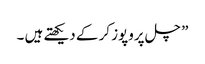
” چل پروپوز کر کے دیکھتے ہیں ۔